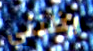
يظنني